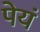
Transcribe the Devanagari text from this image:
पेयं